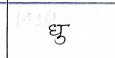
मजकूर: घु